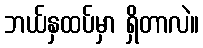
ဘယ်နှထပ်မှာ ရှိတာလဲ။